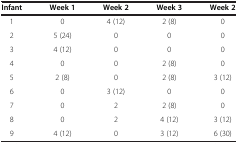
| Infant | Week 1 | Week 2 | Week 3 | Week 2 |
 | --- | --- | --- | --- | --- |
 | 1 | 0 | 4 (12) | 2 (8) | 0 |
 | 2 | 5 (24) | 0 | 0 | 0 |
 | 3 | 4 (12) | 0 | 0 | 0 |
 | 4 | 0 | 0 | 2 (8) | 0 |
 | 5 | 2 (8) | 0 | 2 (8) | 3 (12) |
 | 6 | 0 | 3 (12) | 0 | 0 |
 | 7 | 0 | 2 | 2 (8) | 0 |
 | 8 | 0 | 2 | 4 (12) | 3 (12) |
 | 9 | 4 (12) | 0 | 3 (12) | 6 (30) |